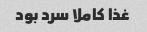
غذا کاملا سرد بود